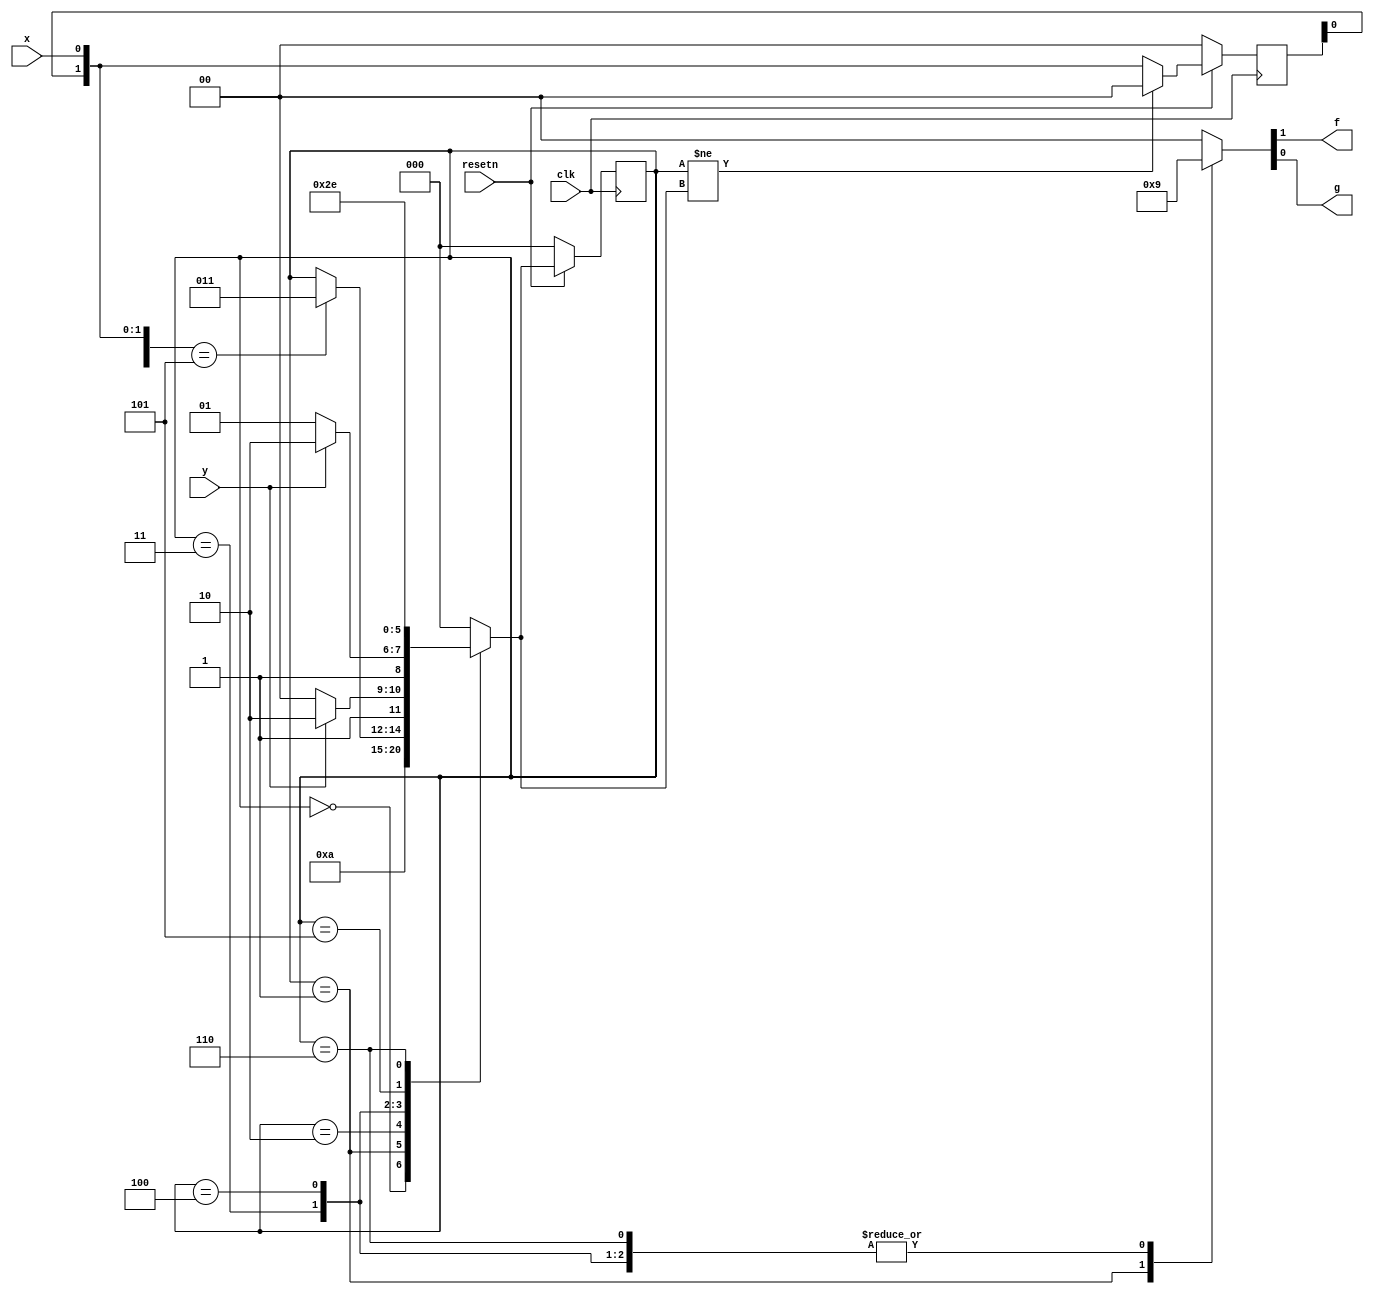
module top_module(
    input clk,
    input resetn,    // active-low synchronous reset
    input x,
    input y,
    output f,
    output g
); 
    
    parameter A = 3'b000, B = 3'b001, C = 3'b010, D = 3'b011, E = 3'b100, F = 3'b101, G = 3'b110;
    reg [2:0] current_state, next_state, c_data;
    
    always@ (*) begin
        case(current_state)
            A: begin
                next_state = B;
            end
            B: begin
                next_state = C;
            end
            C: begin
                if(({c_data[1:0],x})== 3'b101) begin
                    next_state = D;
                end
                else begin
                    next_state = current_state;
                end
            end
            D: begin
                if(y == 1'b1) begin
                    next_state = G;
                end
                else begin
                    next_state = E;
                end
            end
            E: begin
                if(y == 1'b1) begin
                    next_state = G;
                end
                else begin
                    next_state = F;
                end
            end
            F: begin
                next_state = F;
            end
            G: begin
                next_state = G;
            end
            default: begin
                next_state = A;
            end
        endcase
    end
    
    // FSM State
    always@ (posedge clk) begin
        if(resetn == 1'b0) begin
            current_state <= A;
        end
        else begin
            current_state <= next_state;
        end
    end
         
    // State C Data Capture
    always@ (posedge clk) begin
        if(resetn == 1'b0) begin
            c_data <= 3'b000;
        end
        else if(current_state != next_state) begin
            c_data <= 3'b000;
        end
        else begin
             c_data <= {c_data[1:0], x};
        end
    end 
    
    always@ (*) begin
        case(current_state)
            A: {f,g} = 2'b00;
            B: {f,g} = 2'b10;
            C: {f,g} = 2'b00;
            D: {f,g} = 2'b01;
            E: {f,g} = 2'b01;
            F: {f,g} = 2'b00;
            G: {f,g} = 2'b01;
            default:  {f,g} = 2'b00;
        endcase
    end
    
endmodule